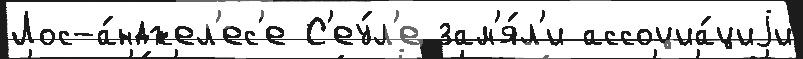
Лос-а́нджел'ес'е С'еу́л'е зам'я́л'и ассоциа́циjи